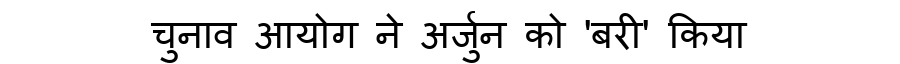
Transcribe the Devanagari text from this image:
चुनाव आयोग ने अर्जुन को 'बरी' किया